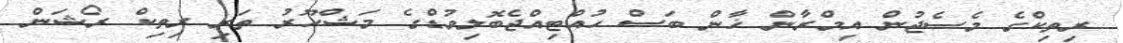
ރިތިކްގެ މެސެޖުން އިމްރާން ޚާން ބަސް ހުއްޓިއްޖެބޮލިވުޑްގެ މަޝްހޫރު ތަރި ރިތިކް ރޯޝަން